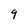
Character: 9